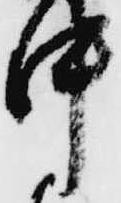
中